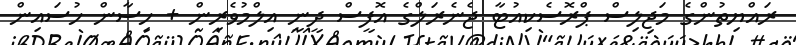
ރައްޔިތުންގެ މަޖިލިސް ޕްރޮސެކިއުޓާ ޖެނެރަލްގެ އޮފީސް ދީނީ އިލްމުވެރިން + ހިިސާން ހުސައިން